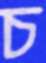
চ